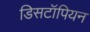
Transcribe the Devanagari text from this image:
डिसटॉपियन